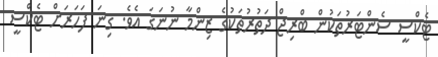
ޓެކްސީ ސެންޓަރުތަކުން ބްރިޖް ދަތުރުތަކުގެ ޒިންމާ ނުނަގަ އެވެ. ގިނަ ފަހަރަށް ޓެކްސީ